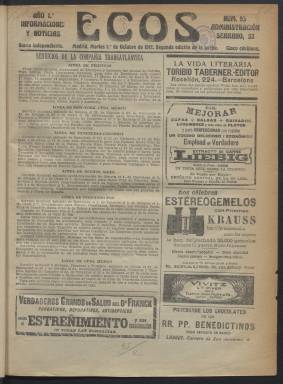
Título: Ecos (Madrid. 1912)
Colección: Periódicos
Ámbito geográfico: Madrid
Lugar de publicación: Madrid
Fechas: 01/10/1912-02/12/1912